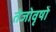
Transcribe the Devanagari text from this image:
तेजोवृषो